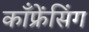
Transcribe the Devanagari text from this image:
काँफ्रेंसिंग